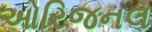
ઓરિજનલ